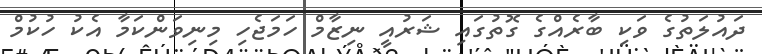
ދައުލަތުގެ ވަކި ބާރެއްގެ ގޮތުގައި ޝަރުއީ ނިޒާމް ހަމަޖެހި މިނިވަންކަމާ އެކު ހުކުމް